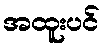
အထူးပင်